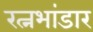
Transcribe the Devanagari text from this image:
रत्नभांडार